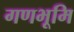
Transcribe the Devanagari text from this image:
गणभूमि